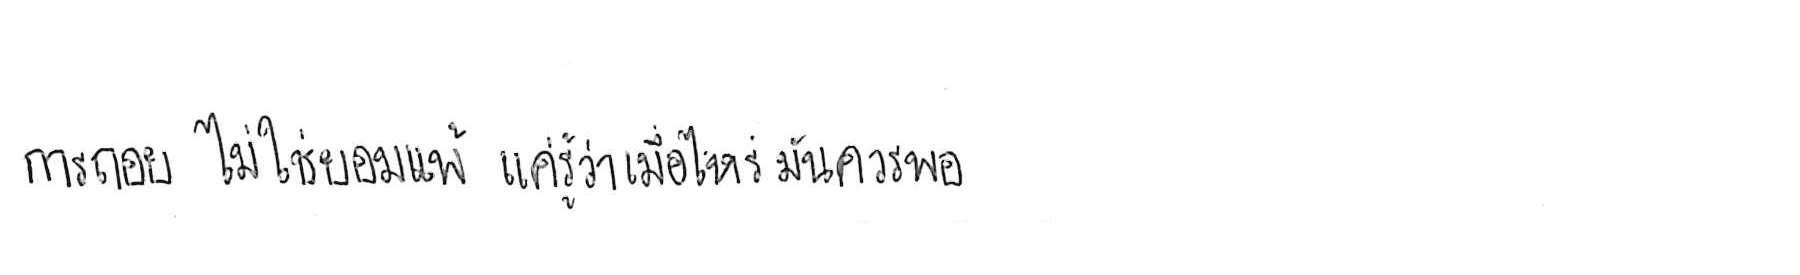
การถอย ไม่ใช่ยอมแพ้ เสมอไป แค่รู้ว่าเมื่อไหร่ มันควรพอ